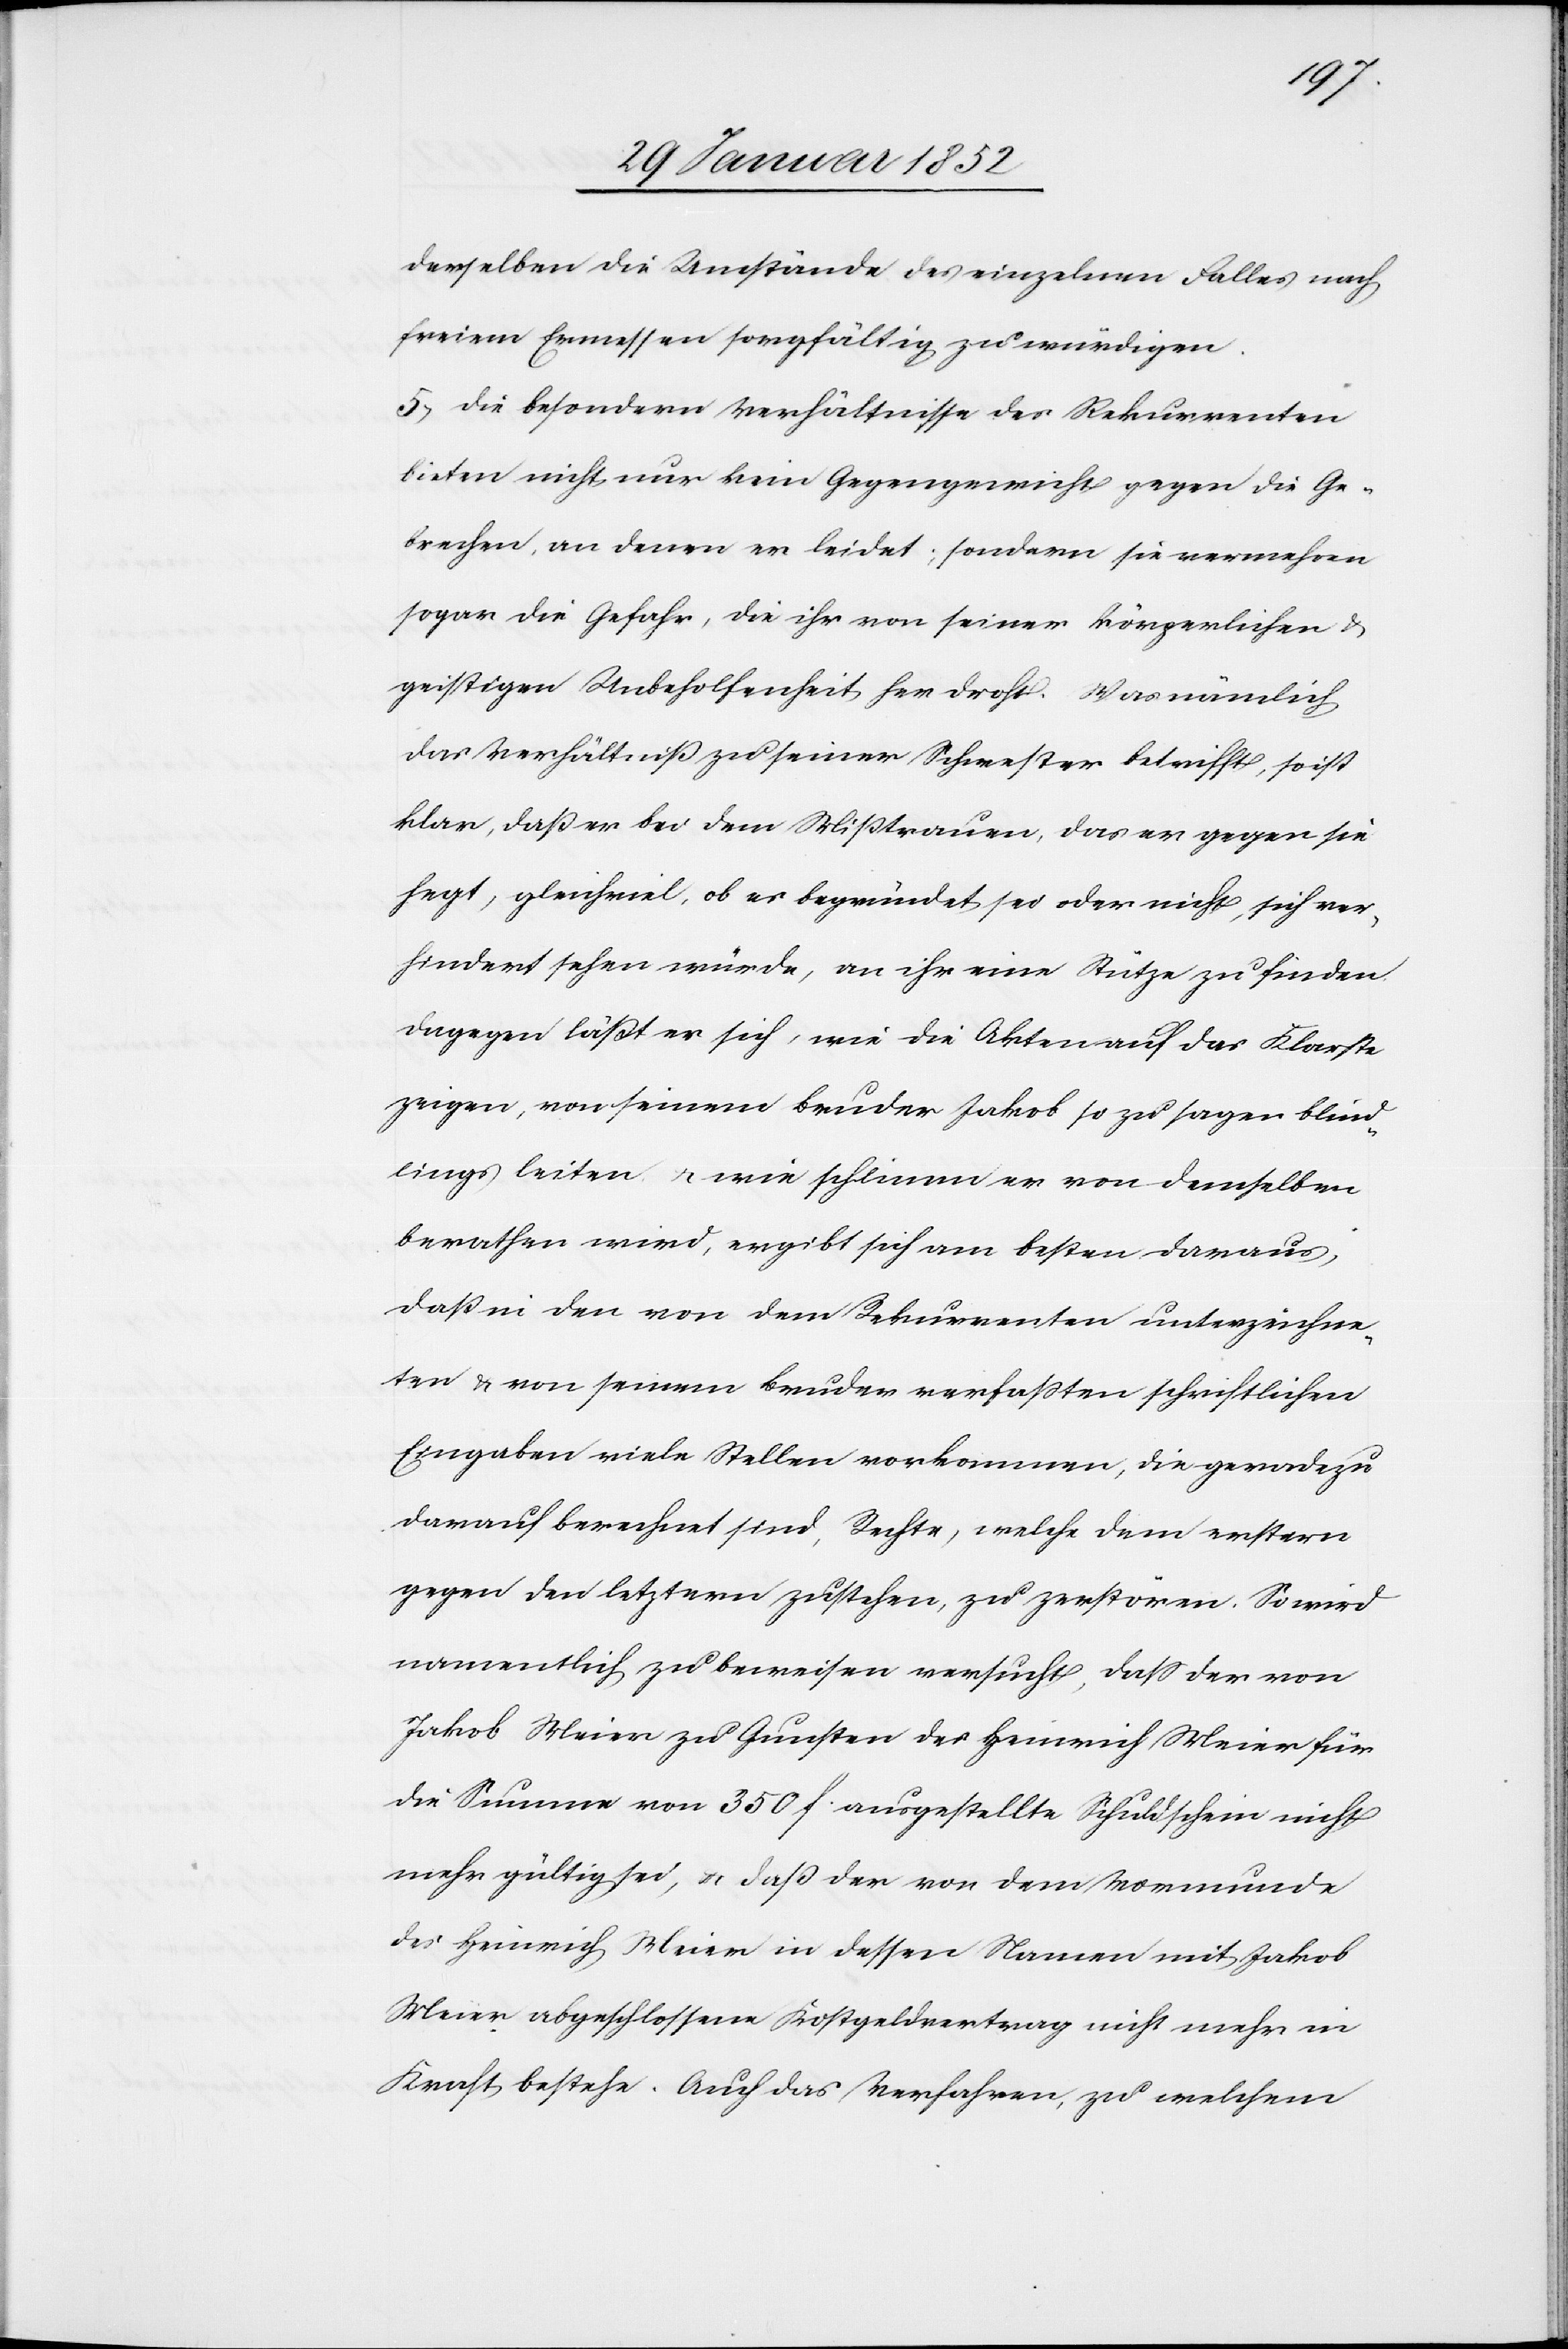
derselben die Umstände des einzelnen Falles nach
freiem Ermessen sorgfältig zu würdigen.
5) Die besondern Verhältnisse des Rekurrenten
bieten nicht nur kein Gegengewicht gegen die Ge¬
brechen, an denen er leidet, sondern sie vermehren
sogar die Gefahr, die ihr [sic!] von seiner körperlichen u.
geistigen Unbeholfenheit her droht. Was nämlich
das Verhältniß zu seiner Schwester betrifft, so ist
klar, daß er bei dem Mißtrauen, das er gegen sie
hegt, gleichviel, ob es begründet sei oder nicht, sich ver¬
hindert sehen würde, an ihr eine Stütze zu finden.
Dagegen läßt er sich, wie die Akten auf das klarste
zeigen, von seinem Bruder Jakob so zu sagen blind¬
lings leiten u. wie schlimm er von demselben
berathen wird, ergibt sich am besten daraus,
daß in den von dem Rekurrenten unterzeichne¬
ten u. von seinem Bruder verfaßten schriftlichen
Eingaben viele Stellen vorkommen, die geradezu
darauf berechnet sind, Rechte, welche dem erstern
gegen den leztern zustehen, zu zerstören. So wird
namentlich zu beweisen versucht, daß der von
Jakob Meier zu Gunsten des Heinrich Meier für
die Summe von 350 f. ausgestellte Schuldschein nicht
mehr gültig sei, u. daß der von dem Vormunde
des Heinrich Meier in dessen Namen mit Jakob
Meier abgeschlossene Kostgeldvertrag nicht mehr in
Kraft bestehe. Auch das Verfahren, zu welchem